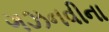
ગઝનવીના